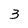
Character: 3